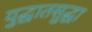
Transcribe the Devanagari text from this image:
युद्धातसुद्धा